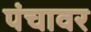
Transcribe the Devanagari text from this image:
पंचावर